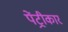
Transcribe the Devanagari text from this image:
पेंट्रीकार